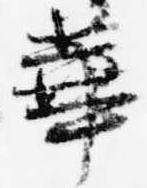
華